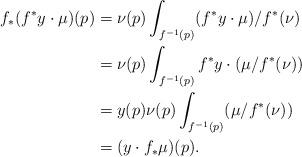
LaTeX: \begin{align*} f_*(f^*y\cdot \mu)(p) &= \nu(p)\int_{f^{-1}(p)} (f^*y\cdot \mu)/f^*(\nu)\\ &= \nu(p)\int_{f^{-1}(p)} f^*y\cdot (\mu/f^*(\nu))\\ &= y(p)\nu(p)\int_{f^{-1}(p)} (\mu/f^*(\nu))\\ &= (y \cdot f_*\mu)(p).\end{align*}